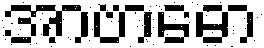
အာဗာဓော